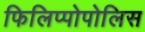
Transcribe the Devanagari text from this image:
फिलिप्पोपोलिस